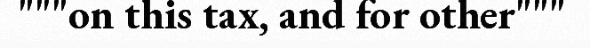
"""on this tax, and for other"""